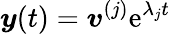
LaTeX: \boldsymbol{y}(t)=\boldsymbol{v}^{(j)}\mathrm{e}^{\lambda_{j}t}